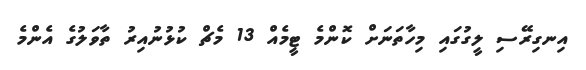
އިނގިރޭސި ލީގުގައި މިހާތަނަށް ކޮންމެ ޓީމެއް 13 މެޗް ކުޅުނުއިރު ތާވަލުގެ އެންމެ